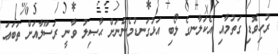
ރުހިވޮޑި ގަތުމާއި އެކަލާނގެ ލޯބި އަޅުގަނޑުމެންނަށް ޙާޞިލު ވާނީ ރަސޫލާއަށް ތަބަޢަ